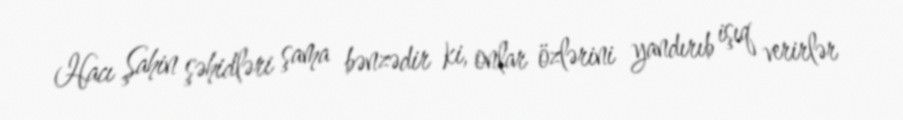
Hacı Şahin şəhidləri şama bənzədir ki, onlar özlərini yandırıb işıq verirlər